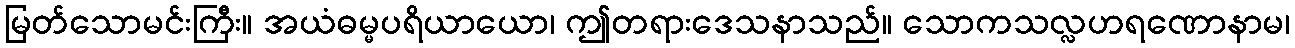
မြတ်သောမင်းကြီး။ အယံဓမ္မပရိယာယော၊ ဤတရားဒေသနာသည်။ သောကသလ္လဟရဏောနာမ၊